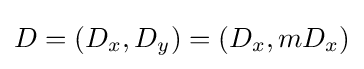
D=(D_{x},D_{y})=(D_{x},mD_{x})